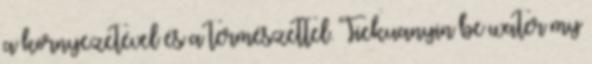
a környezetével és a természettel. Tiekuanyin be water my